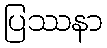
ပြဿနာ